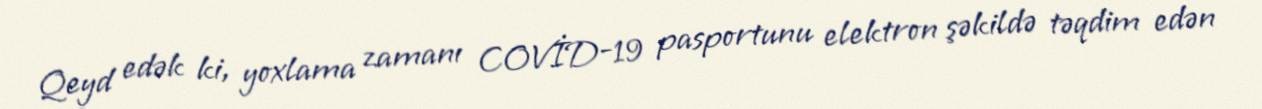
Qeyd edək ki, yoxlama zamanı COVİD-19 pasportunu elektron şəkildə təqdim edən